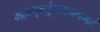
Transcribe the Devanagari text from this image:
महामृत्युंजयजपमहं